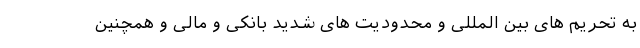
به تحریم های بین المللی و محدودیت های شدید بانکی و مالی و همچنین